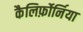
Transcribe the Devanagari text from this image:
कैलिर्फ़ोर्निया